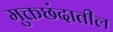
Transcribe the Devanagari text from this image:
मुक्तछंदातील